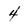
Character: 4